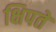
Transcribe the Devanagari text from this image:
क्षिपते